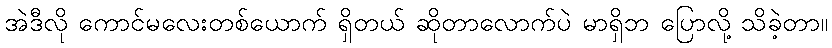
အဲဒီလို ကောင်မလေးတစ်ယောက် ရှိတယ် ဆိုတာလောက်ပဲ မာရှိဘ ပြောလို့ သိခဲ့တာ။